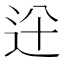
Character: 𨑷